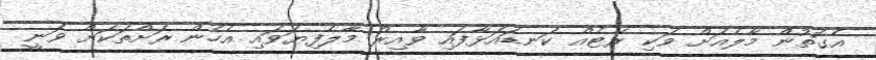
އެގޮތުން މާލެއަށް ވަކި ރޭޓެއް ކަނޑައަޅާފައި ވާއިރު މާލެފިޔަވައި އެހެން ރަށްތަކަށް ވަނީ